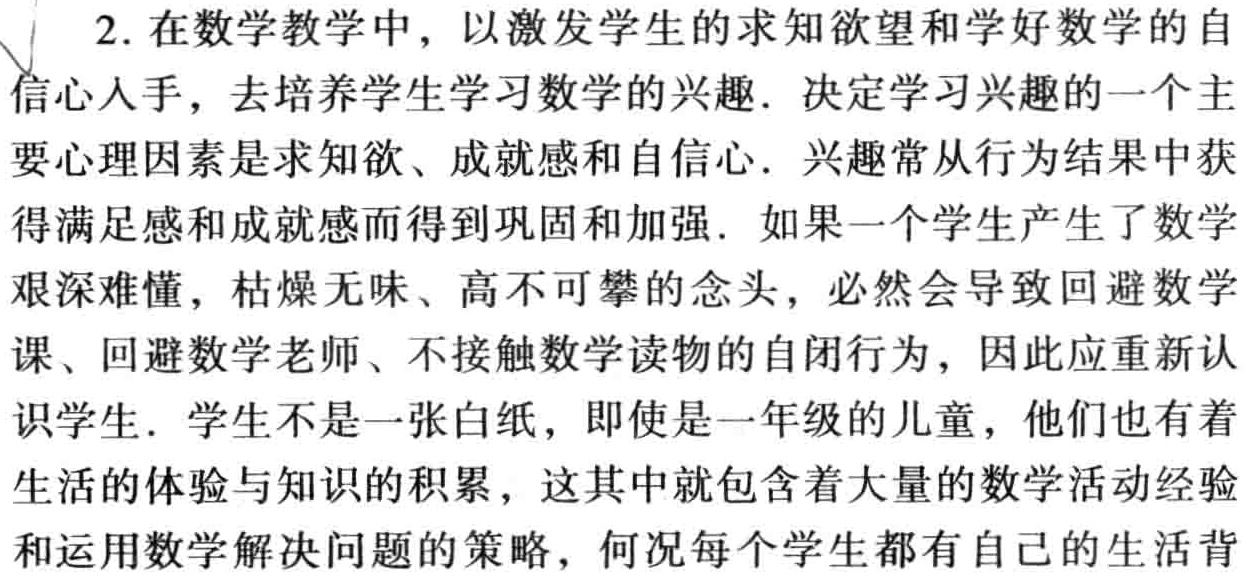
2. 在数学教学中，以激发学生的求知欲望和学好数学的自
信心人手，去培养学生学习数学的兴趣. 决定学习兴趣的一个主
要心理因素是求知欲、成就感和自信心. 兴趣常从行为结果中获
得满足感和成就感而得到巩固和加强. 如果一个学生产生了数学
艰深难懂，枯燥无味、高不可攀的念头，必然会导致回避数学
课、回避数学老师、不接触数学读物的自闭行为，因此应重新认
识学生. 学生不是一张白纸，即使是一年级的儿童，他们也有着
生活的体验与知识的积累，这其中就包含着大量的数学活动经验
和运用数学解决问题的策略，何况每个学生都有自己的生活背